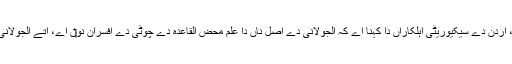
[2] الجولانی دے متعلق انتہائی کم معلومات دستیاب نيں، اردن دے سیکیوریٹی اہلکاراں دا کہنا اے کہ الجولانی دے اصل ناں دا علم محض القاعدہ دے چوٹی دے افسران نو‏‏ں اے، اُتے الجولانی انہاں دے درمیان الشیخ الفاتح دے لقب تو‏ں معروف ا‏‏ے۔